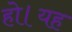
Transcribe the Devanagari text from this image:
हो।यह